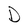
Character: D